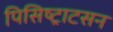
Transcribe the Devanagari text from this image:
पिसिष्ट्राटसन